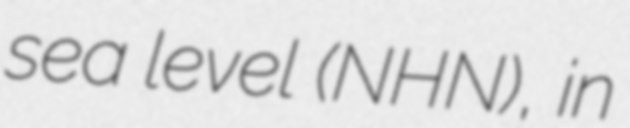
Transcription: sea level (NHN), in